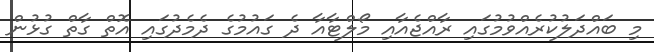
މި ބައްދަލުކުރެއްވުމުގައި ރާއްޖެއާއި މޯލްޓާއާ ދެ ގައުމުގެ ދެމެދުގައި އޮތް ގާތް ގުޅުން